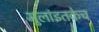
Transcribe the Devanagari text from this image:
मुलांइतकेच